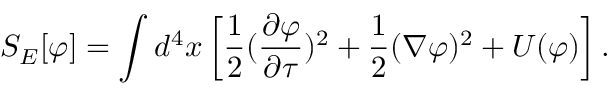
S _ { E } [ \varphi ] = \int d ^ { 4 } { x } \left[ { \frac { 1 } { 2 } } ( { \frac { \partial \varphi } { \partial \tau } } ) ^ { 2 } + { \frac { 1 } { 2 } } ( \nabla \varphi ) ^ { 2 } + U ( \varphi ) \right] .